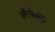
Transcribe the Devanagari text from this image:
ऑरकेस्ट्रा